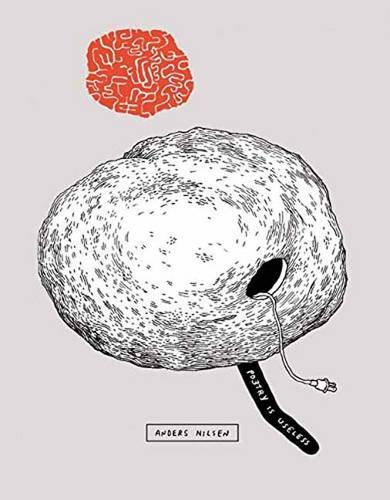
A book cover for Poetry Is Useless; Anders Nilsen; Comics & Graphic Novels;